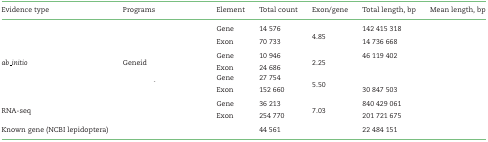
<table><thead><tr><td><b>Evidence type</b></td><td><b>Programs</b></td><td><b>Element</b></td><td><b>Total count</b></td><td><b>Exon/gene</b></td><td><b>Total length, bp</b></td><td><b>Mean length, bp</b></td></tr></thead><tbody><tr><td>[EMPTY_CELL]</td><td>[EMPTY_CELL]</td><td>Gene</td><td>14 576</td><td>[EMPTY_CELL]</td><td>142 415 318</td><td>[EMPTY_CELL]</td></tr><tr><td>[EMPTY_CELL]</td><td>[EMPTY_CELL]</td><td>[EMPTY_CELL]</td><td>[EMPTY_CELL]</td><td>4.85</td><td>[EMPTY_CELL]</td><td>[EMPTY_CELL]</td></tr><tr><td>[EMPTY_CELL]</td><td>[EMPTY_CELL]</td><td>Exon</td><td>70 733</td><td>[EMPTY_CELL]</td><td>14 736 668</td><td>[EMPTY_CELL]</td></tr><tr><td>[EMPTY_CELL]</td><td>[EMPTY_CELL]</td><td>Gene</td><td>10 946</td><td>[EMPTY_CELL]</td><td>46 119 402</td><td>[EMPTY_CELL]</td></tr><tr><td><i>ab_initio</i></td><td>Geneid</td><td>[EMPTY_CELL]</td><td>[EMPTY_CELL]</td><td>2.25</td><td>[EMPTY_CELL]</td><td>[EMPTY_CELL]</td></tr><tr><td>[EMPTY_CELL]</td><td>[EMPTY_CELL]</td><td>Exon</td><td>24 686</td><td>[EMPTY_CELL]</td><td>[EMPTY_CELL]</td><td>[EMPTY_CELL]</td></tr><tr><td>[EMPTY_CELL]</td><td>[EMPTY_CELL]</td><td>Gene</td><td>27 754</td><td>[EMPTY_CELL]</td><td>[EMPTY_CELL]</td><td>[EMPTY_CELL]</td></tr><tr><td>[EMPTY_CELL]</td><td>[EMPTY_CELL]</td><td>[EMPTY_CELL]</td><td>[EMPTY_CELL]</td><td>5.50</td><td>[EMPTY_CELL]</td><td>[EMPTY_CELL]</td></tr><tr><td>[EMPTY_CELL]</td><td>[EMPTY_CELL]</td><td>Exon</td><td>152 660</td><td>[EMPTY_CELL]</td><td>30 847 503</td><td>[EMPTY_CELL]</td></tr><tr><td>[EMPTY_CELL]</td><td>[EMPTY_CELL]</td><td>Gene</td><td>36 213</td><td>[EMPTY_CELL]</td><td>840 429 061</td><td>[EMPTY_CELL]</td></tr><tr><td>RNA-seq</td><td>[EMPTY_CELL]</td><td>[EMPTY_CELL]</td><td>[EMPTY_CELL]</td><td>7.03</td><td>[EMPTY_CELL]</td><td>[EMPTY_CELL]</td></tr><tr><td>[EMPTY_CELL]</td><td>[EMPTY_CELL]</td><td>Exon</td><td>254 770</td><td>[EMPTY_CELL]</td><td>201 721 675</td><td>[EMPTY_CELL]</td></tr><tr><td>Known gene (NCBI lepidoptera)</td><td>[EMPTY_CELL]</td><td>[EMPTY_CELL]</td><td>44 561</td><td>[EMPTY_CELL]</td><td>22 484 151</td><td>[EMPTY_CELL]</td></tr></tbody></table>